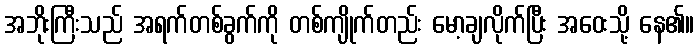
အဘိုးကြီးသည် အရက်တစ်ခွက်ကို တစ်ကျိုက်တည်း မော့ချလိုက်ပြီး အဝေးသို့ နေ၏။